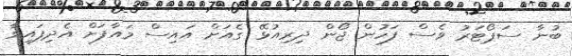
ބުނާ ސަޕޯޓަރު ވެސް ފަހުން ޖޯން ދިރިއުޅޭ ގެއަށް އައިސް މައާފަށް އެދިފައިވާ